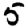
Digit: 5